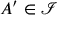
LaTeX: A ^ { \prime } \in { \mathcal { I } }